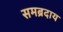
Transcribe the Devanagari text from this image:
समब्रदाय